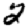
Digit: 2